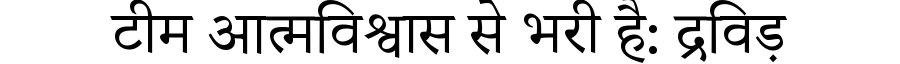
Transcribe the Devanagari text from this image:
टीम आत्मविश्वास से भरी है: द्रविड़